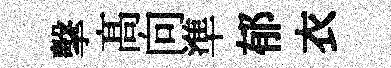
擊髙向準郁衣